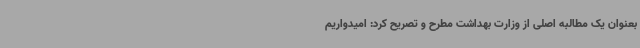
بعنوان یک مطالبه اصلی از وزارت بهداشت مطرح و تصریح کرد: امیدواریم